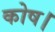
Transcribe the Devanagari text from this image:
कोष।